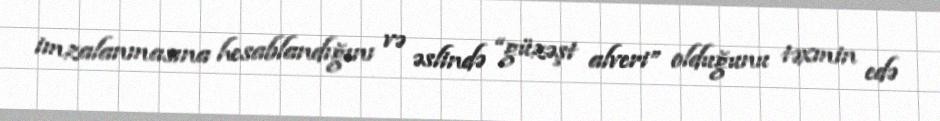
imzalanmasına hesablandığını və əslində “güzəşt alveri” olduğunu təxmin edə